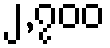
၂,၇၀၀